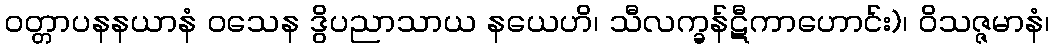
ဝတ္တာပနနယာနံ ဝသေန ဒွိပညာသာယ နယေဟိ၊ သီလက္ခန်ဋီကာဟောင်း)၊ ဝိသဇ္ဇမာနံ၊